Indian journal of veterinary science and animal husbandry - Volumes 28-29, 1958-1959
Year: 1958
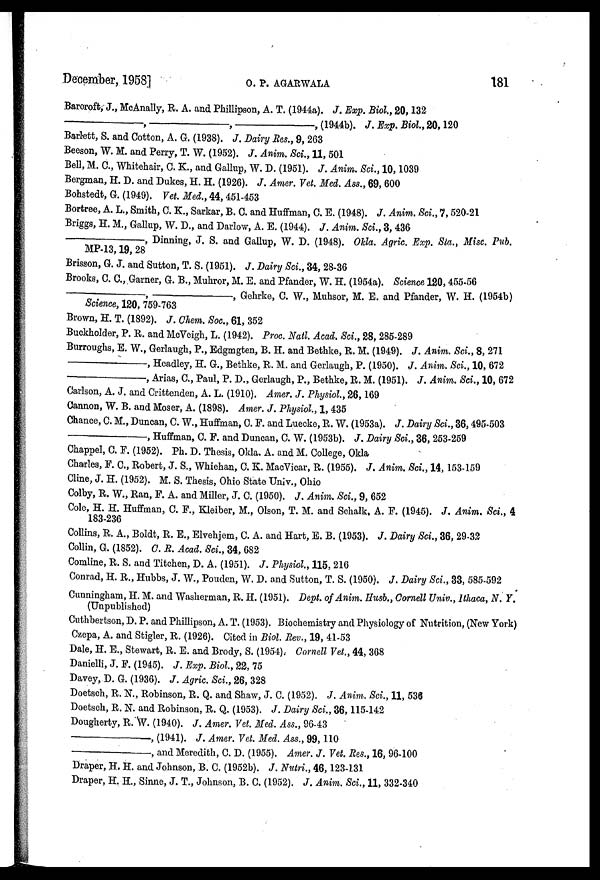
December, 1958]
O.
P.
AGARWALA
181
Barcroft, J., McAnally, R. A. and Phillipson, A. T. (1944a). J. Exp. Biol., 20, 132
—,—,—,
(1944b). J. Exp. Biol., 20, 120
Barlett, S. and Cotton, A. G. (1938). J. Dairy Res., 9, 263
Beeson, W. M. and Perry, T. W. (1952). J. Anim. Sci., 11, 501
Bell, M. C., Whitehair, C. K., and Gallup, W. D. (1951). J. Anim. Sci., 10, 1039
Bergman, H. D. and Dukes, H. H. (1926). J. Amer. Vet. Med. Ass., 69, 600
Bohstedt, G. (1949). Vet. Med., 44, 451-453
Bortree, A. L., Smith, C. K., Sarkar, B. C. and Huffman, C. E. (1948). J. Anim. Sci., 7, 520-21
Briggs, H. M., Gallup, W. D., and Darlow, A. E. (1944). J. Anim. Sci., 3, 436
————,
Dinning, J. S. and Gallup, W. D. (1948). Okla. Agric. Exp. Sta., Misc. Pub.
MP-13, 19, 28
Brisson, G. J. and Sutton, T. S. (1951). J. Dairy Sci., 34, 28-36
Brooks, C. C., Garner, G. B., Muhror, M. E. and Pfander, W. H. (1954a). Science 120, 455-56
—,—,
Gehrke, C. W., Muhsor, M. E. and Pfander, W. H. (1954b)
Science, 120, 759-763
Brown, H. T. (1892). J. Chem. Soc., 61, 352
Buckholder, P. R. and McVeigh, L. (1942). Proc. Natl. Acad. Sci., 28, 285-289
Burroughs, E. W., Gerlaugh, P., Edgmgten, B. H. and Bethke, R. M. (1949). J. Anim. Sci., 8, 271
—,
Headley, H. G., Bethke, R. M. and Gerlaugh, P. (1950). J. Anim. Sci., 10, 672
—,
Arias, C., Paul, P. D., Gerlaugh, P., Bethke, R. M. (1951). J. Anim. Sci., 10, 672
Carlson, A. J. and Crittenden, A. L. (1910). Amer. J. Physiol., 26, 169
Cannon, W. B. and Moser, A. (1898). Amer. J. Physiol, 1, 435
Chance, C. M., Duncan, C. W., Huffman, C. F. and Luecke, R. W. (1953a). J. Dairy Sci., 36, 495-503
—,
Huffman, C. F. and Duncan, C. W. (1953b). J. Dairy Sci., 36, 253-259
Chappel, C. F. (1952). Ph. D. Thesis, Okla. A. and M. College, Okla
Charles, P. C., Robert, J. S., Whiehan, C. K. MacVicar, R. (1955). J. Anim. Sci., 14, 153-159
Cline, J. H. (1952). M. S. Thesis, Ohio State Univ., Ohio
Colby, R. W., Ran, F. A. and Miller, J. C. (1950). J. Anim. Sci., 9, 652
Cole, H. H. Huffman, C. F., Kleiber, M., Olson, T. M. and Schalk, A. F. (1945). J. Anim. Sci., 4
183-236
Collins, R. A., Boldt, R. E., Elvehjem, C. A. and Hart, E. B. (1953). J. Dairy Sci., 36, 29-32
Collin, G. (1852). C. R. Acad. Sci., 34, 682
Comline, R. S. and Titchen, D. A. (1951). J. Physiol., 115, 216
Conrad, H. R., Hubbs, J. W., Pouden, W. D. and Sutton, T. S. (1950). J. Dairy Sci., 33, 585-592
Cunningham, H. M. and Washerman, R. H. (1951). Dept. of Anim. Husb., Cornell Univ., Ithaca, N. Y.
(Unpublished)
Cuthbertson, D. P. and Phillipson, A. T. (1953). Biochemistry and Physiology of Nutrition, (New York)
Czepa, A. and Stigler, R. (1926). Cited in Biol. Rev., 19, 41-53
Dale, H. E., Stewart, R. E. and Brody, S. (1954). Cornell Vet., 44, 368
Danielli, J. F. (1945). J. Exp. Biol., 22, 75
Davey, D. G. (1936). J. Agric. Sci., 26, 328
Doetsch, R. N., Robinson, R. Q. and Shaw, J. C. (1952). J. Anim. Sci., 11, 536
Doetsch, R. N. and Robinson, R. Q. (1953). J. Dairy Sci., 36, 115-142
Dougherty, R. W. (1940). J. Amer. Vet. Med. Ass., 96-43
—,
(1941). J. Amer. Vet. Med. Ass., 99, 110
————,
and Meredith, C. D. (1955). Amer. J. Vet. Res., 16, 96-100
Draper, H. H. and Johnson, B. C. (1952b). J. Nutri., 46, 123-131
Draper, H. H., Sinne, J. T., Johnson, B. C. (1952). J. Anim. Sci., 11, 332-340